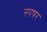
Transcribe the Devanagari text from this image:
स्पषर